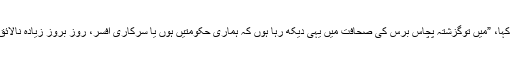
لغاری صاحب نے کہا، ”میں توگزشتہ پچاس برس کی صحافت میں یہی دیکھ رہا ہوں کہ ہماری حکومتیں ہوں یا سرکاری افسر، روز بروز زیادہ نالائق ہوتے جاتے ہیں‘‘۔